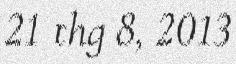
21 thg 8, 2013